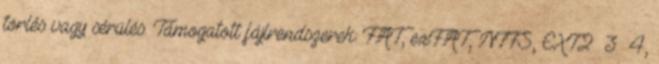
törlés vagy sérülés. Támogatott fájlrendszerek: FAT, exFAT, NTFS, EXT2 3 4,